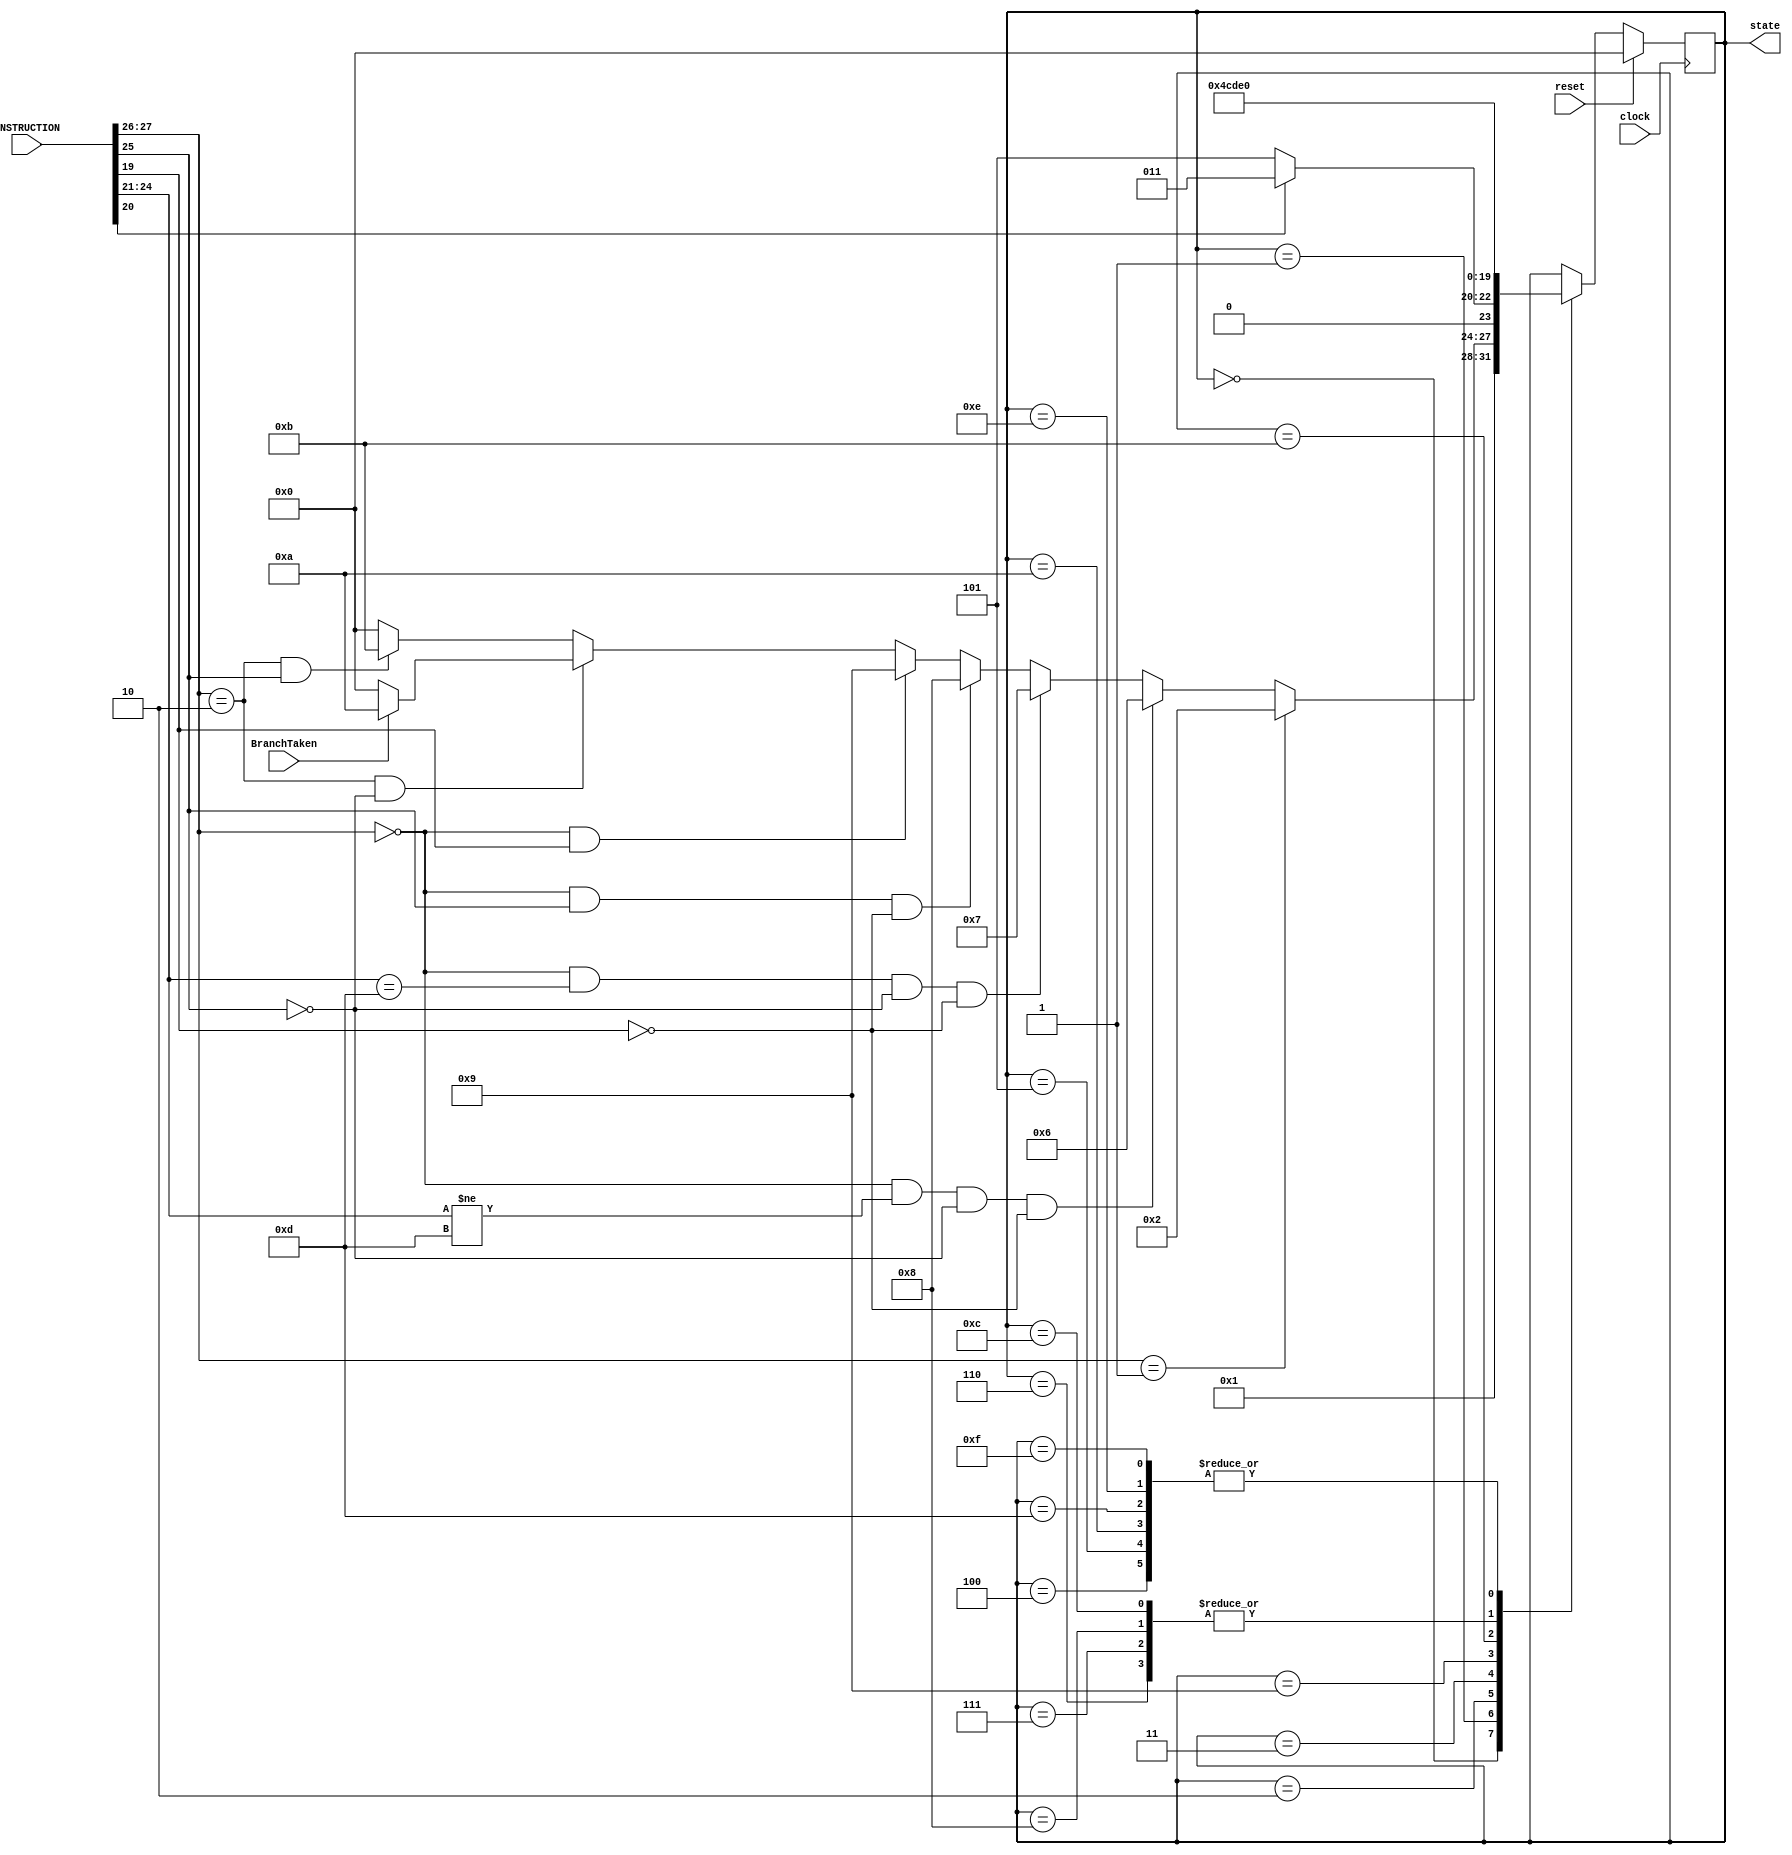
module multicycle_controller_state_machine(
	clock, 
	reset, 
	INSTRUCTION, 
	BranchTaken,  
	state
); 
	input clock, reset; 
	input [31:0]INSTRUCTION; 
	input BranchTaken; 
	output [3:0]state; // we have in total 15 states. 4-bits are enoguh to describe them all.  
	
	// make states more readable. 
	parameter s0 = 4'b0000, s1 = 4'b0001, s2 = 4'b0010, s3 = 4'b0011; 
	parameter s4 = 4'b0100, s5 = 4'b0101, s6 = 4'b0110, s7 = 4'b0111;
	parameter s8 = 4'b1000, s9 = 4'b1001, s10 = 4'b1010, s11 = 4'b1011;
	parameter s12 = 4'b1100, s13 = 4'b1101, s14 = 4'b1110, s15 = 4'b1111;
	
	reg [3:0]current_state, previous_state; 
	wire [1:0]op; 
	wire [3:0]cond; 
	wire [3:0]cmd; 
	wire Ind_data; 
	wire Im; 
	wire Ind_branch; 
	wire Link_branch; 
	wire Load_memory; 
	
	
	assign state = current_state; // give the state output to other modules of the controller. 
	
	// we can use INSTRUCTION bus itself for conditional operations. Yet, this way coding will be more readable. 
	assign cond = INSTRUCTION[31:28];  
	assign op = INSTRUCTION[27:26]; 
	assign cmd = INSTRUCTION[24:21]; 
	assign Im = INSTRUCTION[25];
	assign Ind_data = INSTRUCTION[19]; 
	assign Link_branch = INSTRUCTION[24];
	assign Ind_branch = INSTRUCTION[25];
	assign Load_memory = INSTRUCTION[20]; 
	
	
	
	always @(posedge clock) begin 
		if (reset == 1) begin // synchronous reset to take the computer to the fetch state 
			current_state <= s0; 
		end 
		
		else begin 
			case (current_state) 
				s0: current_state <= s1; // go to decode for the fetch stage
				
				s1: 
					if (op == 2'b01) current_state <= s2; // memory 
					else if (op == 2'b00 && cmd != 4'b1101 && Im == 0 && Ind_data == 0) current_state <= s6; // arithmetic/logic
					else if (op == 2'b00 && cmd == 4'b1101 && Im == 0 && Ind_data == 0) current_state <= s7; // shift 
					else if (op == 2'b00 && Im == 1 && Ind_data == 0) current_state <= s8; // immediate (MOV etc.) 
					else if (op == 2'b00 && Ind_data == 1) current_state <= s9; // Indirect arithmetic/logic 
					else if (op == 2'b10 && Ind_branch == 0) begin 
						if (BranchTaken == 1) current_state <= s10; // branch, if link bit is high, we only pull RegWrite high
						else current_state <= s0; // if the branch is not taken, go fetch 
					end 
					else if (op == 2'b10 && Ind_branch == 1) current_state <= s11; // branch indirect
					else current_state <= s0; // invalid instruction, ignore and go fetch again. 
					
				s2: 
					if (Load_memory == 0) current_state <= s5; // store
					else if (Load_memory == 1) current_state <= s3; //load 
					
				s3: current_state <= s4;
				s4: current_state <= s0; // go fetch 
				s5: current_state <= s0; // go fetch 
				s6: current_state <= s14; // alu write back 
				s7: current_state <= s14; // alu write back 
				s8: current_state <= s14; // alu write back 
				s9: current_state <= s12;
				s10: current_state <= s0; // go fetch  
				s11: current_state <= s13;
				s12: current_state <= s14; // alu write back 
				s13: current_state <= s0; // go fetch  
				s14: current_state <= s0; // go fetch  
				s15: current_state <= s0; // something went wrong. go fetch. 
				default: current_state <= s0; // might be redundant. go fetch. 
			endcase
		end 
		
		
		
		
	end 
	
	
endmodule